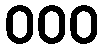
000